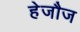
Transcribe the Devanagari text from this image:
हेजौज